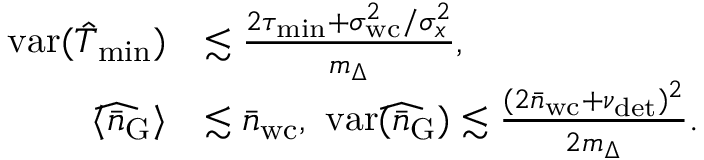
\begin{array} { r l } { \mathrm { v a r } ( \hat { T } _ { \mathrm { m i n } } ) } & { \lesssim \frac { 2 \tau _ { \mathrm { m i n } } + \sigma _ { \mathrm { w c } } ^ { 2 } / \sigma _ { x } ^ { 2 } } { m _ { \Delta } } , } \\ { \langle \widehat { \bar { n } _ { \mathrm { G } } } \rangle } & { \lesssim \bar { n } _ { \mathrm { w c } } , ~ \mathrm { v a r } ( \widehat { \bar { n } _ { \mathrm { G } } } ) \lesssim \frac { ( 2 \bar { n } _ { \mathrm { w c } } + \nu _ { \mathrm { d e t } } ) ^ { 2 } } { 2 m _ { \Delta } } . } \end{array}